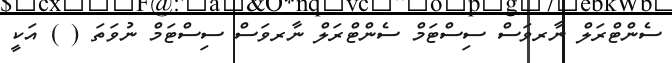
ސެންޓްރަލް ނާރވަސް ސިސްޓަމް ސެންޓްރަލް ނާރވަސް ސިސްޓަމް ނުވަތަ ( ) އަކީ